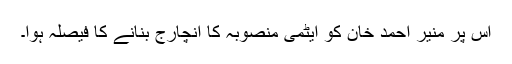
اس پر منیر احمد خان کو ایٹمی منصوبہ کا انچارج بنانے کا فیصلہ ہوا۔